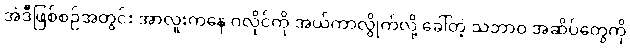
အဲဒီဖြစ်စဉ်အတွင်း အာလူးကနေ ဂလိုင်ကို အယ်ကာလွိုက်လို့ ခေါ်တဲ့ သဘာဝ အဆိပ်တွေကို